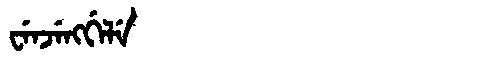
Manchu: ᠸᡝᠨᠵᡝᠩᡤᡝᠯᡝ
Romanization: WENJENGGELE